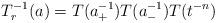
LaTeX: \begin{align*}T_r^{-1}(a)= T(a_+^{-1}) T(a_-^{-1})T(t^{-n}) \end{align*}